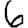
Digit: 6